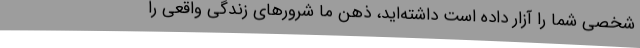
شخصی شما را آزار داده است داشته‌اید، ذهن ما شرورهای زندگی واقعی را